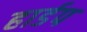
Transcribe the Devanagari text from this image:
हार्डप